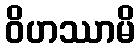
ဝိဟဿာမိ